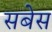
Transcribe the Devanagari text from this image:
सबेस